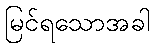
မြင်ရသောအခါ